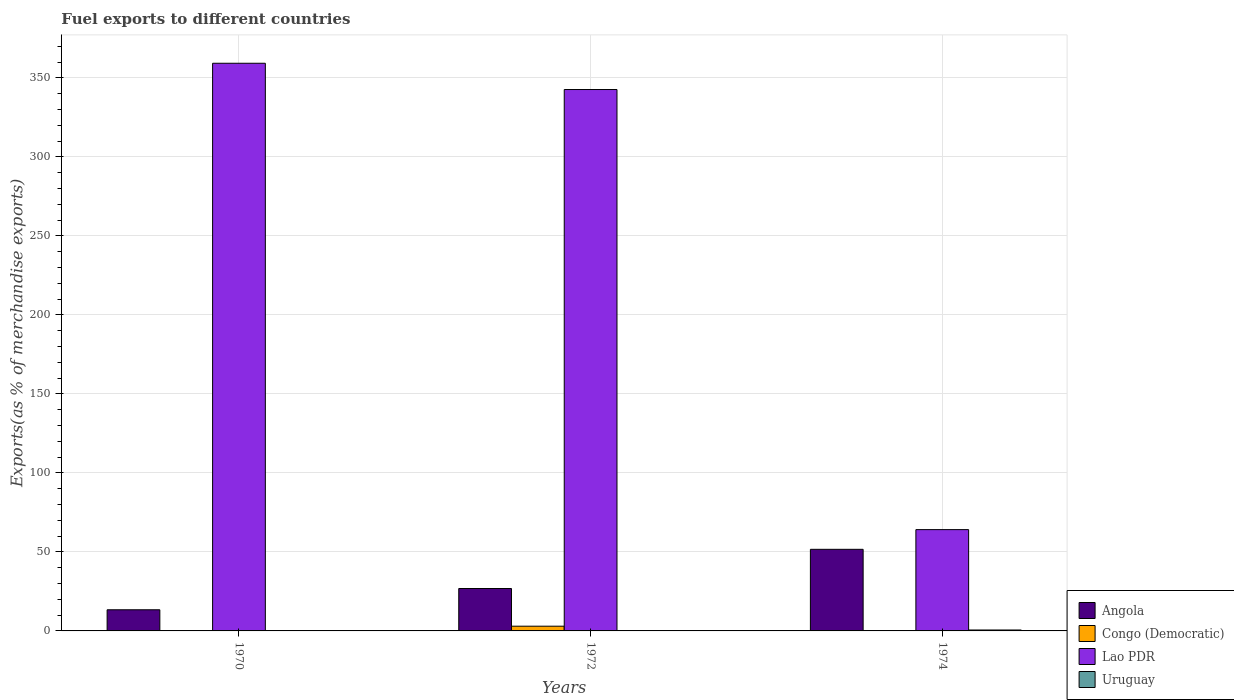
| Years | Angola | Congo (Democratic) | Lao PDR | Uruguay |
 | --- | --- | --- | --- | --- |
 | 1970 | 13.4 | 0.175 | 359 | 0.00211 |
 | 1972 | 26.8 | 2.99 | 343 | 0.0288 |
 | 1974 | 51.6 | 0.156 | 64.1 | 0.583 |